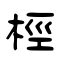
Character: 桱